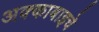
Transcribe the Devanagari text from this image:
अक्काबाइचे